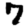
Digit: 7